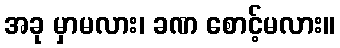
အခု မှာမလား၊ ခဏ စောင့်မလား။